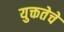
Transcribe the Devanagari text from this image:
युक्ततेचे